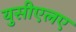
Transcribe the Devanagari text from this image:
युसीएलए